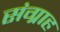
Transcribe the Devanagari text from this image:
संग्राह